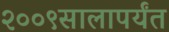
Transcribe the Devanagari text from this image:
२००९सालापर्यंत